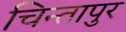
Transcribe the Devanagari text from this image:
चिन्तापुर